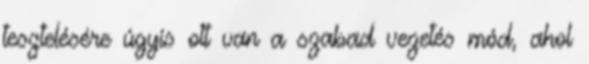
tesztelésére úgyis ott van a szabad vezetés mód, ahol